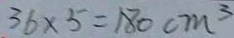
3 6 \times 5 = 1 8 0 c m ^ { 3 }